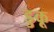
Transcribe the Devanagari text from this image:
डुकू